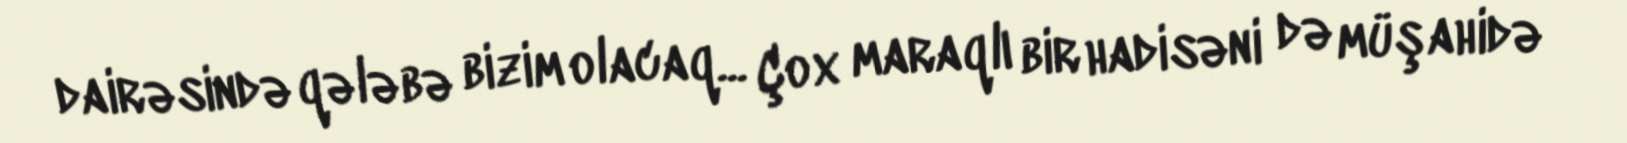
dairəsində qələbə bizim olacaq... Çox maraqlı bir hadisəni də müşahidə